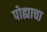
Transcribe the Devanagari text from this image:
पोह्याचा